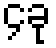
၄ခု